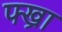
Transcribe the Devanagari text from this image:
फ्ख्रा